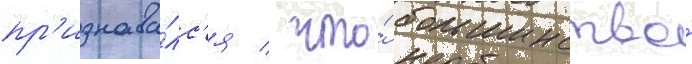
пр'изнава́лс'я / что́ большинство́